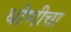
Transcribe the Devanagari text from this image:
धोणीचा